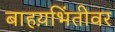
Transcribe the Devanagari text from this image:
बाहय़भिंतीवर